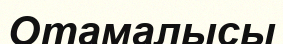
Отамалысы